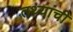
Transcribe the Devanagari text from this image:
तथ्यांची